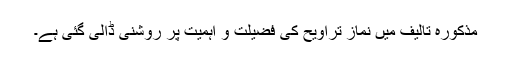
مذکورہ تالیف میں نمازِ تراویح کی فضیلت و اہمیت پر روشنی ڈالی گئی ہے۔